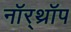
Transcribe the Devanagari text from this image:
नॉर्‌थ्रॉप